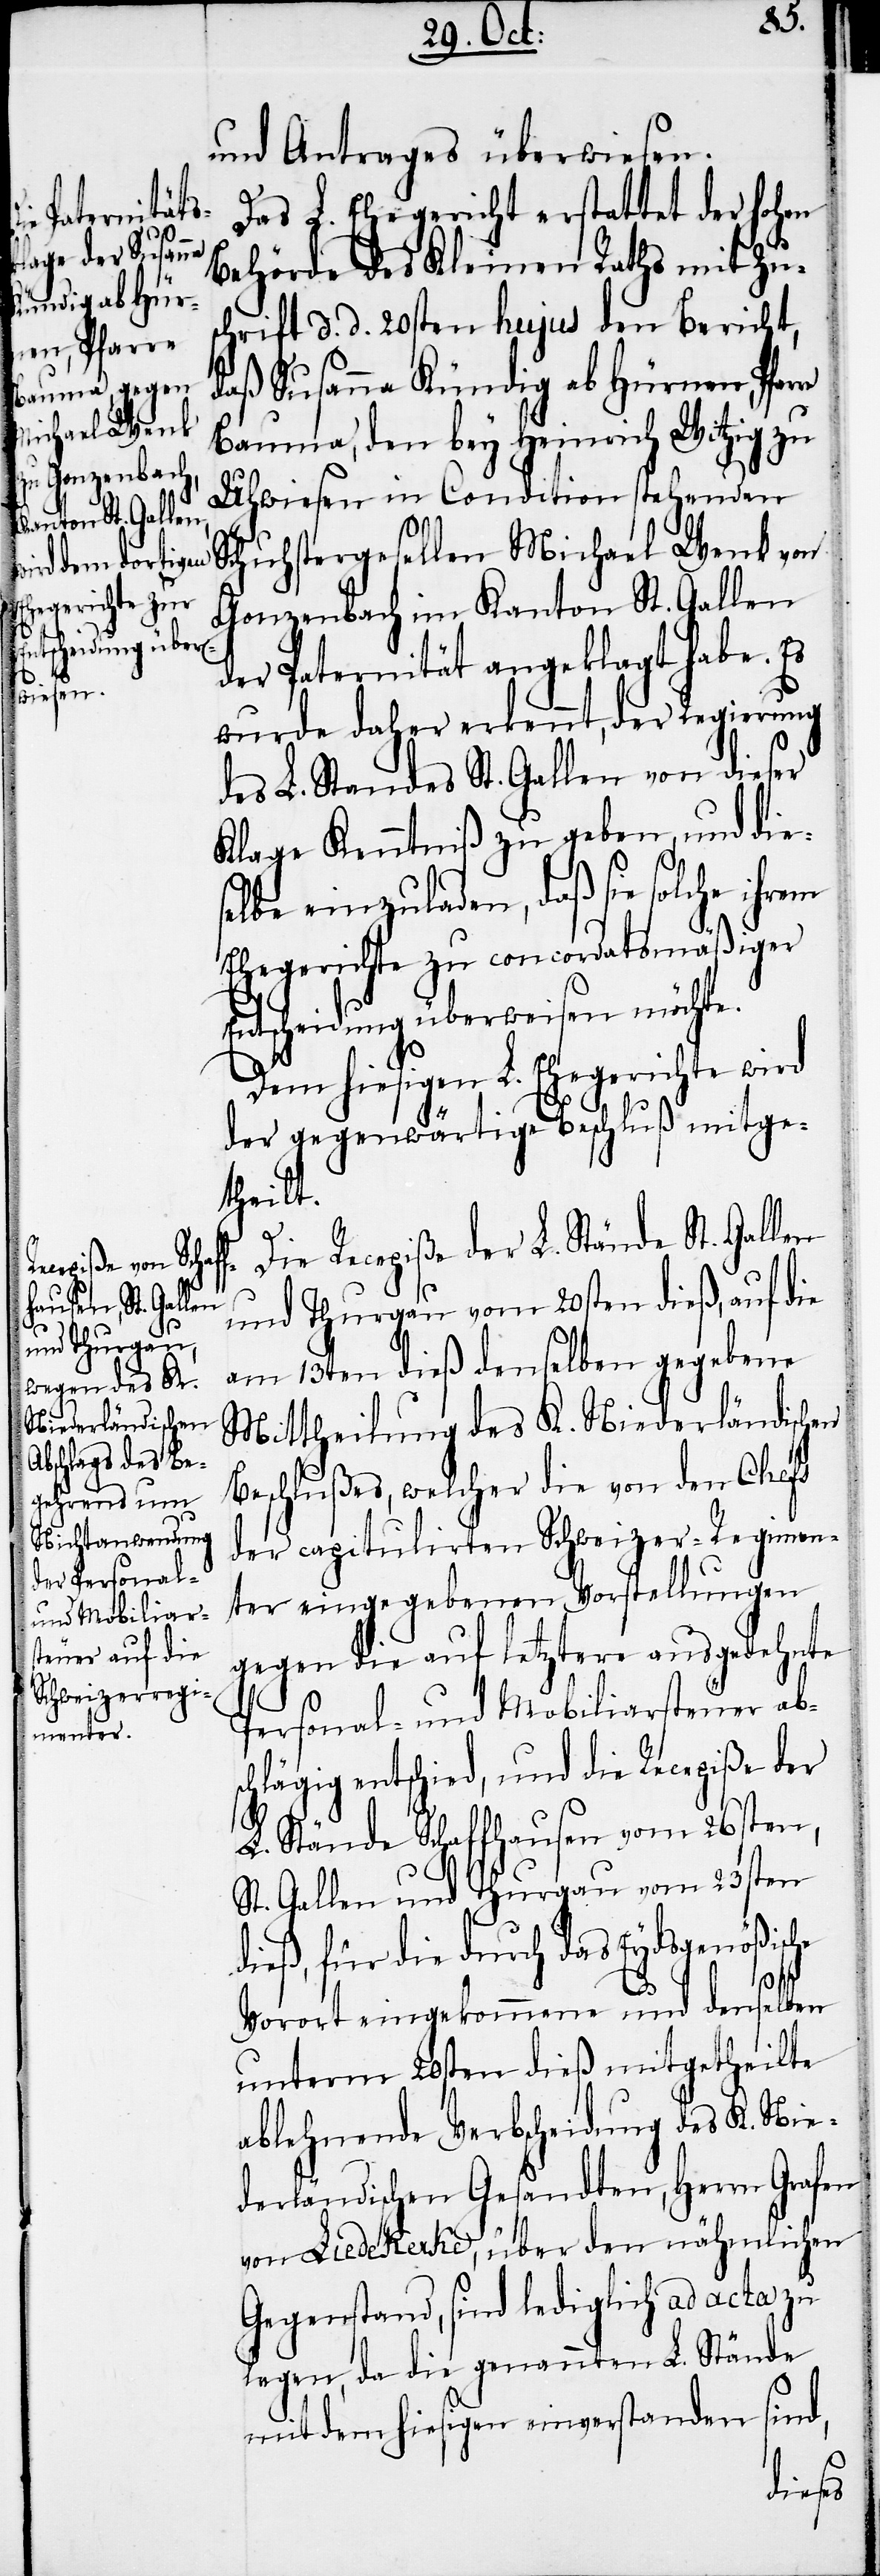
und Antrages überwiesen.
Das L. Ehegericht erstattet der hohen
Behörde des Kleinen Raths mit Zu¬
schrift d. d. 20sten hujus den Bericht,
daß Susanna Kündig ab Hürnen, Pfarre
Bauma, den bey Heinrich Witzig zu
Uhwiesen in Condition stehenden
Schuhstergesellen Michael Wenk von
Gonzenbach im Kanton St. Gallen
der Paternität angeklagt habe. Es
wurde daher erkennt, der Regierung
des L. Standes St. Gallen von dieser
Klage Kenntniß zu geben, und dies¬
elbe einzuladen, daß sie solche ihrem
Ehegerichte zu concordatsmäßiger
Entscheidung überweisen möchte.
Dem hiesigen L. Ehegerichte wird
der gegenwärtige Beschluß mitge¬
theilt.
Die Recepiße der L. Stände St. Gallen
und Thurgau vom 20sten dieß, auf die
am 13ten dieß denselben gegebene
Mittheilung des K. Niederländischen
Beschlußes, welcher die von den Chefs
der capitulirten Schweizer-Regimen¬
ter eingegebenen Vorstellungen
gegen die auf letztere ausgedehnte
Personal- und Mobiliarsteuer abs¬
chlägig entschied, und die Recepiße der
L. Stände Schaffhausen vom 26sten,
St. Gallen und Thurgau vom 23sten
dieß, für die durch das Eydsgenößische
Vorort eingekommene und denselben
unterm 20sten dieß mitgetheilte
ablehnende Verbscheidung des K. Nie¬
derländischen Gesandten, Herrn Grafen
von Liedekerke, über den nähmlichen
Gegenstand, sind lediglich ad acta zu
legen, da die genannten L. Stände
mit dem hiesigen einverstanden sind,